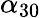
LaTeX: \alpha_{30}